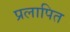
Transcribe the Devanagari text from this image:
प्रलापित